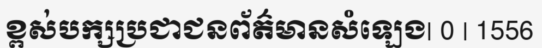
ខ្ពស់បក្សប្រជាជនព័ត៌មានសំឡេង| 0 | 1556